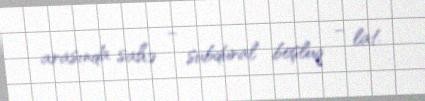
arasında sahə – subdural boşluq – lat.